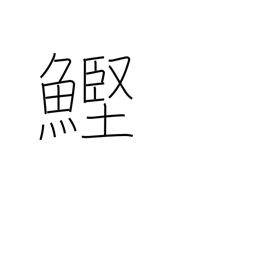
Meaning: bonito